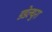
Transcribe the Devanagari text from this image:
डडेल्धुरा